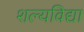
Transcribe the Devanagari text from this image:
शल्यविद्या